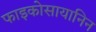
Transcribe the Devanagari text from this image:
फाइकोसायानिन